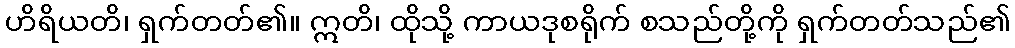
ဟိရိယတိ၊ ရှက်တတ်၏။ ဣတိ၊ ထိုသို့ ကာယဒုစရိုက် စသည်တို့ကို ရှက်တတ်သည်၏